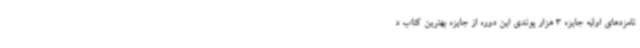
نامزدهای اولیه جایزه 3 هزار پوندی این دوره از جایزه بهترین کتاب د